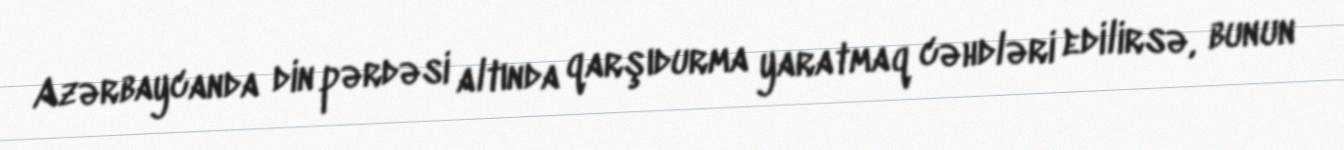
Azərbaycanda din pərdəsi altında qarşıdurma yaratmaq cəhdləri edilirsə, bunun